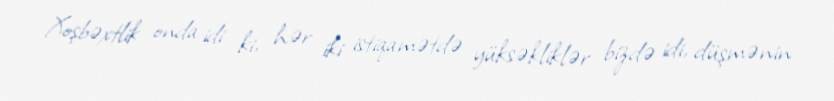
Xoşbəxtlik onda idi ki, hər iki istiqamətdə yüksəkliklər bizdə idi, düşmənin